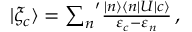
\begin{array} { r } { | \xi _ { c } \rangle = { \sum _ { n } } ^ { \prime } \frac { | n \rangle \langle n | U | c \rangle } { \varepsilon _ { c } - \varepsilon _ { n } } \, , } \end{array}